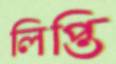
লিপ্তি